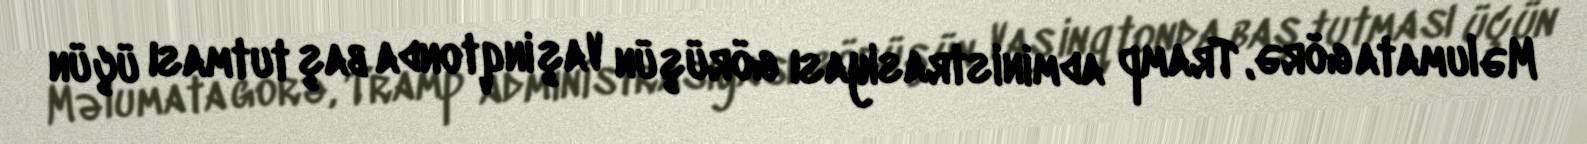
Məlumata görə, Tramp administrasiyası görüşün Vaşinqtonda baş tutması üçün